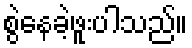
စွဲနေခဲ့ဖူးပါသည်။